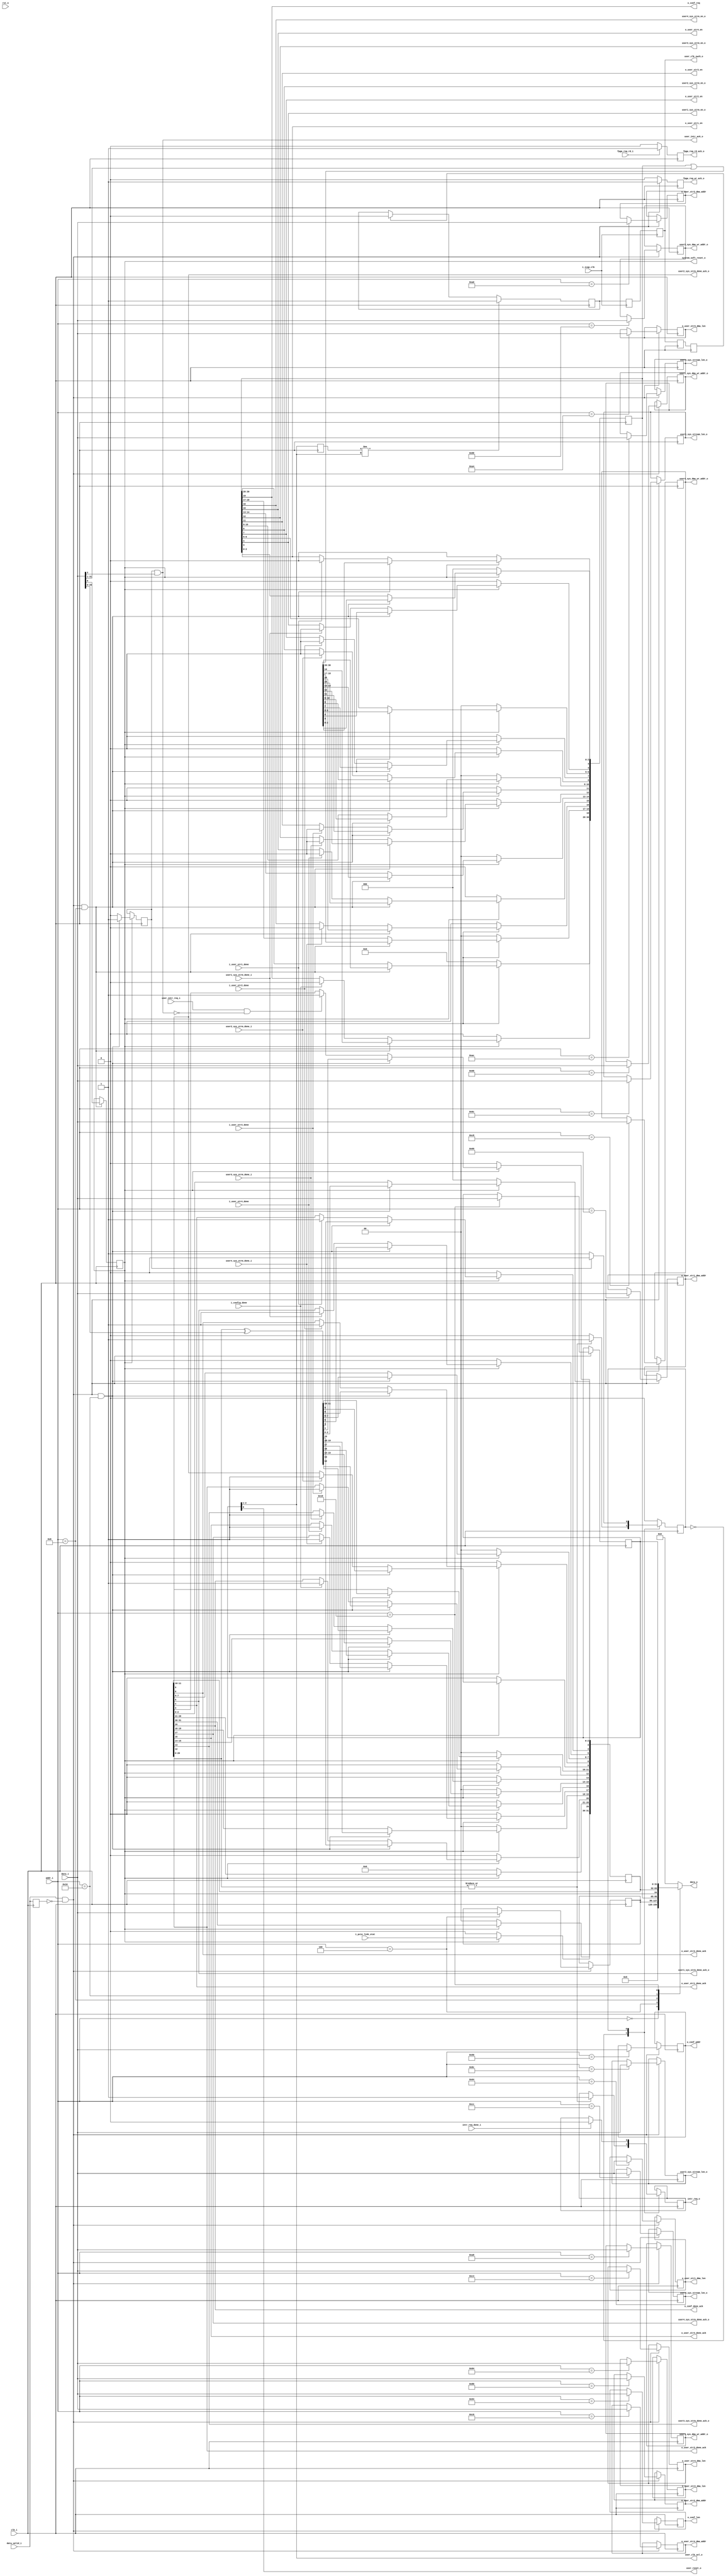
//--------------------------------------------------------------------------------
// Project    : SWITCH
// Version    : 0.1
//
// Description: Global register set
//
//--------------------------------------------------------------------------------

//Register address definition
`define VER                'h00      // Version
`define SCR                'h04      // Scratch pad
`define CTRL               'h08      // Control
//0C reserved
`define STA                'h10      // Status
`define EER_STAT           'h14      // Error Status register
`define UCTR               'h18      // User control register
//50-5C Reserved
`define CONF_ADDR          'h50
`define CONF_LEN           'h54
`define PC_USER1_DMA_SYS   'h60      // System to user stream i/f 1 DMA, system memory address
`define PC_USER1_DMA_LEN   'h64      // System to user stream i/f 1 DMA, length (bytes)
`define USER1_PC_DMA_SYS   'h68      // User stream i/f 1 to system DMA, system memory address
`define USER1_PC_DMA_LEN   'h6C      // User stream i/f 1 to system DMA, length (bytes)
`define PC_USER2_DMA_SYS   'h80
`define PC_USER2_DMA_LEN   'h84
`define USER2_PC_DMA_SYS   'h88
`define USER2_PC_DMA_LEN   'h8C
`define PC_USER3_DMA_SYS   'hA0
`define PC_USER3_DMA_LEN   'hA4
`define USER3_PC_DMA_SYS   'hA8
`define USER3_PC_DMA_LEN   'hAC
`define PC_USER4_DMA_SYS   'hC0
`define PC_USER4_DMA_LEN   'hC4
`define USER4_PC_DMA_SYS   'hC8
`define USER4_PC_DMA_LEN   'hCC

module reg_file(
 input                clk_i,                     // 250Mhz clock from PCIe core
 input                rst_n,                     // Active low reset
 //Rx engine
 input      [9:0]     addr_i,                    // Register address
 input      [31:0]    data_i,                    // Register write data
 input                data_valid_i,              // Register write data valid
 output               fpga_reg_wr_ack_o,         // Register write ack
 input                fpga_reg_rd_i,             // Register read request
 output reg           fpga_reg_rd_ack_o,         // Register read ack
 output reg [31:0]    data_o,                    // Register read data
 //To user pcie stream controllers
 //PSG-1
 output               o_user_str1_en,            // Enable signal to the system to user stream i/f 1 controller
 input                i_user_str1_done,          // Stream done signal
 output               o_user_str1_done_ack,      // Ack the done signal. Needed since status register is accessed by both PC and FPGA. So should not miss the done.
 output [31:0]        o_user_str1_dma_addr,      // System memory start address for streaming data
 output [31:0]        o_user_str1_dma_len,       // Length of streaming operation (bytes)
 output               user1_sys_strm_en_o,       // Enable signal to the user stream i/f 1 to system controller
 output [31:0]        user1_sys_dma_wr_addr_o,   // System memory address for DMA operation
 output [31:0]        user1_sys_stream_len_o,    // Stream length for DMA
 input                user1_sys_strm_done_i,     // Stream done signal
 output               user1_sys_strm_done_ack_o, // Ack the done due to multiple STAT reg access.
 //PSG-2
 output               o_user_str2_en,
 input                i_user_str2_done,
 output               o_user_str2_done_ack,
 output [31:0]        o_user_str2_dma_addr,
 output [31:0]        o_user_str2_dma_len,
 output               user2_sys_strm_en_o,
 output [31:0]        user2_sys_dma_wr_addr_o,   
 output [31:0]        user2_sys_stream_len_o,
 input                user2_sys_strm_done_i,
 output               user2_sys_strm_done_ack_o,
 //PSG-3
 output               o_user_str3_en,
 input                i_user_str3_done,
 output               o_user_str3_done_ack,
 output [31:0]        o_user_str3_dma_addr,
 output [31:0]        o_user_str3_dma_len,
 output               user3_sys_strm_en_o,
 output [31:0]        user3_sys_dma_wr_addr_o,   
 output [31:0]        user3_sys_stream_len_o,
 input                user3_sys_strm_done_i,
 output               user3_sys_strm_done_ack_o,
 //PSG-4
 output               o_user_str4_en,
 input                i_user_str4_done,
 output               o_user_str4_done_ack,
 output [31:0]        o_user_str4_dma_addr,
 output [31:0]        o_user_str4_dma_len,
 output               user4_sys_strm_en_o,
 output [31:0]        user4_sys_dma_wr_addr_o,   
 output [31:0]        user4_sys_stream_len_o,
 input                user4_sys_strm_done_i,
 output               user4_sys_strm_done_ack_o,
 //config control
 input                i_icap_clk,
 output [31:0]        o_conf_addr,
 output [31:0]        o_conf_len,
 output               o_conf_req,
 input                i_config_done,
 output               o_conf_done_ack,
 //clock control
 output reg           user_clk_swch_o,
 output [1:0]         user_clk_sel_o,
 //interrupt
 output reg           intr_req_o,                // Interrupt request to Tx engine
 input                intr_req_done_i,           // Interrupt done ack from Tx engine
 input                user_intr_req_i,           // User interrupt request
 output               user_intr_ack_o,           // Interrupt ack to user logic
 //Misc
 output               user_reset_o,              // User soft reset
 output               system_soft_reset_o,       // Complete system soft reset
 //link status
 input                i_pcie_link_stat
 
 );
 
 parameter  VER = 32'h00000005;                   // Present Version Number. 16 bit major version and 16 bit minor version

 //Interrupt state machine state variables.
 localparam INTR_IDLE =  'd0,
            WAIT_ACK  =  'd1;

//The global register set in the address of address
reg [31:0] SCR_PAD;                              
reg [31:0] CTRL_REG;
reg [31:0] STAT_REG;
reg [31:0] USR_CTRL_REG;  
reg [31:0] PC_USER1_DMA_SYS;
reg [31:0] PC_USER1_DMA_LEN;
reg [31:0] USER1_PC_DMA_SYS;
reg [31:0] USER1_PC_DMA_LEN;
reg [31:0] PC_USER2_DMA_SYS;
reg [31:0] PC_USER2_DMA_LEN;
reg [31:0] USER2_PC_DMA_SYS;
reg [31:0] USER2_PC_DMA_LEN;
reg [31:0] PC_USER3_DMA_SYS;
reg [31:0] PC_USER3_DMA_LEN;
reg [31:0] USER3_PC_DMA_SYS;
reg [31:0] USER3_PC_DMA_LEN;
reg [31:0] PC_USER4_DMA_SYS;
reg [31:0] PC_USER4_DMA_LEN;
reg [31:0] USER4_PC_DMA_SYS;
reg [31:0] USER4_PC_DMA_LEN;
reg [31:0] CONF_ADDR;
reg [31:0] CONF_LEN;
  

//local registers

reg        fpga_reg_wr_ack;
reg        intr_state;
reg        processor_clr_intr;
wire       intr_pending;
reg        data_valid_p;
wire       data_valid_r;
reg  [1:0] prev_user_clk; 
reg        user_clk_swtch_done; 
reg        user_clk_swch_p; 
reg        user_swtch_clk; 
reg        user_swtch_clk_p; 

assign  system_soft_reset_o       = CTRL_REG[0];

assign  o_user_str1_en            = CTRL_REG[4];
assign  o_user_str1_done_ack      = STAT_REG[4];
assign  o_user_str1_dma_addr      = PC_USER1_DMA_SYS;
assign  o_user_str1_dma_len       = PC_USER1_DMA_LEN;
assign  user1_sys_strm_en_o       = CTRL_REG[5];
assign  user1_sys_strm_done_ack_o = STAT_REG[5];
assign  user1_sys_dma_wr_addr_o   = USER1_PC_DMA_SYS;
assign  user1_sys_stream_len_o    = USER1_PC_DMA_LEN;

assign  o_user_str2_en            = CTRL_REG[8];
assign  o_user_str2_done_ack      = STAT_REG[8];
assign  o_user_str2_dma_addr      = PC_USER2_DMA_SYS;
assign  o_user_str2_dma_len       = PC_USER2_DMA_LEN;
assign  user2_sys_strm_en_o       = CTRL_REG[9];
assign  user2_sys_strm_done_ack_o = STAT_REG[9];
assign  user2_sys_dma_wr_addr_o   = USER2_PC_DMA_SYS;
assign  user2_sys_stream_len_o    = USER2_PC_DMA_LEN;

assign  o_user_str3_en            = CTRL_REG[12];
assign  o_user_str3_done_ack      = STAT_REG[12];
assign  o_user_str3_dma_addr      = PC_USER3_DMA_SYS;
assign  o_user_str3_dma_len       = PC_USER3_DMA_LEN;
assign  user3_sys_strm_en_o       = CTRL_REG[13];
assign  user3_sys_strm_done_ack_o = STAT_REG[13];
assign  user3_sys_dma_wr_addr_o   = USER3_PC_DMA_SYS;
assign  user3_sys_stream_len_o    = USER3_PC_DMA_LEN;

assign  o_user_str4_en            = CTRL_REG[16];
assign  o_user_str4_done_ack      = STAT_REG[16];
assign  o_user_str4_dma_addr      = PC_USER4_DMA_SYS;
assign  o_user_str4_dma_len       = PC_USER4_DMA_LEN;
assign  user4_sys_strm_en_o       = CTRL_REG[17];
assign  user4_sys_strm_done_ack_o = STAT_REG[17];
assign  user4_sys_dma_wr_addr_o   = USER4_PC_DMA_SYS;
assign  user4_sys_stream_len_o    = USER4_PC_DMA_LEN;

assign  user_clk_sel_o           = USR_CTRL_REG[2:1];

assign  o_conf_addr              = CONF_ADDR;
assign  o_conf_len               = CONF_LEN;
assign  o_conf_req               = CTRL_REG[20];
assign  o_conf_done_ack          = STAT_REG[20];
assign  user_reset_o             = USR_CTRL_REG[0];
assign  fpga_reg_wr_ack_o        = fpga_reg_wr_ack;
assign  user_intr_ack_o          = processor_clr_intr & data_i[3];
assign  intr_pending             = |STAT_REG[20:0];
assign  data_valid_r             = data_valid_i & ~data_valid_p;


always @(posedge clk_i)
begin
    data_valid_p <= data_valid_i;
end	 

// Read register data based on address. Registers for user stream interface are kept as write only so that
// when unused those are automatically optimised by the tool
always @(*)
begin
    case(addr_i)
        `VER:begin
            data_o  <=    VER;
        end
        `SCR:begin
            data_o  <=    SCR_PAD;
        end
        `CTRL:begin
            data_o  <=    CTRL_REG;
        end  
        `STA:begin
            data_o  <=    STAT_REG;
        end
        `UCTR:begin
            data_o  <=    USR_CTRL_REG;
        end   
        default:begin
            data_o  <=    0;
        end
    endcase
end

// Write to global registers based on address and data valid and ack
always @(posedge clk_i)
begin
    fpga_reg_wr_ack              <=   1'b0;  
    if(data_valid_r)
    begin
        fpga_reg_wr_ack   <=   1'b1;
        case(addr_i)
            `SCR:begin
                SCR_PAD  <=   data_i;
            end
            `UCTR:begin
                USR_CTRL_REG      <=   data_i;
            end
            `PC_USER1_DMA_SYS:begin
                PC_USER1_DMA_SYS   <=   data_i;
            end
            `PC_USER1_DMA_LEN:begin
                PC_USER1_DMA_LEN  <=   data_i;
            end
            `USER1_PC_DMA_SYS:begin
                USER1_PC_DMA_SYS  <= data_i;
            end
            `USER1_PC_DMA_LEN:begin
                USER1_PC_DMA_LEN  <= data_i;
            end
            `PC_USER2_DMA_SYS:begin
                PC_USER2_DMA_SYS   <=   data_i;
            end
            `PC_USER2_DMA_LEN:begin
                PC_USER2_DMA_LEN  <=   data_i;
            end
            `USER2_PC_DMA_SYS:begin
                USER2_PC_DMA_SYS  <= data_i;
            end  
            `USER2_PC_DMA_LEN:begin
                USER2_PC_DMA_LEN  <= data_i;
            end
            `PC_USER3_DMA_SYS:begin
                PC_USER3_DMA_SYS   <=   data_i;
            end
            `PC_USER3_DMA_LEN:begin
                PC_USER3_DMA_LEN  <=   data_i;
            end
            `USER3_PC_DMA_SYS:begin
                USER3_PC_DMA_SYS  <= data_i;
            end  
            `USER3_PC_DMA_LEN:begin
                USER3_PC_DMA_LEN  <= data_i;
            end
            `PC_USER4_DMA_SYS:begin
                PC_USER4_DMA_SYS   <=   data_i;
            end
            `PC_USER4_DMA_LEN:begin
                PC_USER4_DMA_LEN  <=   data_i;
            end
            `USER4_PC_DMA_SYS:begin
                USER4_PC_DMA_SYS  <= data_i;
            end  
            `USER4_PC_DMA_LEN:begin
                USER4_PC_DMA_LEN  <= data_i;
            end
            `CONF_ADDR:begin
                CONF_ADDR  <=  data_i;
            end    
            `CONF_LEN:begin
                CONF_LEN  <=  data_i;
            end
            default:begin
                fpga_reg_wr_ack   <=   1'b1;				
            end				
        endcase
    end
end

//If the read register is not PIO register, ack immediately, else wait until data arrives from DDR
//Address bit 9 is to partiall decode the System monitor address. Be careful when modify the address
//due to this
always @(posedge clk_i)
begin
    if(fpga_reg_rd_i)
        fpga_reg_rd_ack_o    <=   1'b1;
    else 
        fpga_reg_rd_ack_o    <=   1'b0;
end

//control register updates
always @(posedge clk_i)
begin
    if(!system_soft_reset_o)
	 begin
	   CTRL_REG[31:1]  <=  31'b0;
	 end
	 else
	 begin
		if(data_valid_r & (addr_i == `CTRL))
		begin
        CTRL_REG[31:1] <=    CTRL_REG[31:1]|data_i[31:1];   //Internall ored to keep the previously set bits  
		end
		else
		begin            
        if(i_user_str1_done)
            CTRL_REG[4] <=    1'b0; 
        if(user1_sys_strm_done_i) 
            CTRL_REG[5] <=    1'b0;  
        if(i_user_str2_done)
            CTRL_REG[8] <=    1'b0; 
        if(user2_sys_strm_done_i) 
            CTRL_REG[9] <=    1'b0; 
        if(i_user_str3_done)
            CTRL_REG[12] <=    1'b0; 
        if(user3_sys_strm_done_i) 
            CTRL_REG[13] <=    1'b0;
        if(i_user_str4_done)
            CTRL_REG[16] <=    1'b0; 
        if(user4_sys_strm_done_i) 
            CTRL_REG[17] <=    1'b0; 
        if(i_config_done)
            CTRL_REG[20] <=    1'b0;            
		end 
	 end	
end

always @(posedge clk_i)
begin
    if(data_valid_r & (addr_i == `CTRL))
    begin
	   CTRL_REG[0]    <=    data_i[0];
	 end
end


initial
begin
    STAT_REG             <= 0;
	 CTRL_REG[0]          <= 1'b1;
    processor_clr_intr   <= 1'b0;
end


//status register updates
always @(posedge clk_i)
begin
    if(!system_soft_reset_o)
	 begin
	   STAT_REG  <=  0;
	 end
	 else
	 begin
		processor_clr_intr   <= 1'b0;
		STAT_REG[29]         <= i_pcie_link_stat;
		if(data_valid_r & (addr_i == `STA))
		begin
        STAT_REG[20:0]     <=   STAT_REG[20:0]^data_i[20:0];
        processor_clr_intr <=   1'b1;
		end
		else
		begin
        if(user_intr_req_i & ~user_intr_ack_o)
            STAT_REG[3] <=    1'b1;
        if(i_user_str1_done)
            STAT_REG[4] <=    1'b1; 
        if(user1_sys_strm_done_i) 
             STAT_REG[5] <=    1'b1; 
        if(i_user_str2_done)
            STAT_REG[8] <=    1'b1; 
        if(user2_sys_strm_done_i) 
            STAT_REG[9] <=    1'b1; 
        if(i_user_str3_done)
            STAT_REG[12] <=    1'b1; 
        if(user3_sys_strm_done_i)
             STAT_REG[13] <=   1'b1; 
        if(i_user_str4_done)
            STAT_REG[16] <=    1'b1; 
        if(user4_sys_strm_done_i) 
            STAT_REG[17] <=    1'b1; 
        if(i_config_done)
            STAT_REG[20] <=    1'b1;             
		end
	 end	
end


always @(posedge clk_i)
begin
    if(prev_user_clk != USR_CTRL_REG[2:1])
	     user_swtch_clk  <=  1'b1;
	 else if(user_clk_swtch_done)
	     user_swtch_clk  <=  1'b0;
  
	prev_user_clk   <=  USR_CTRL_REG[2:1];
	
	user_clk_swch_p <=  user_clk_swch_o;
	user_clk_swtch_done <=  user_clk_swch_p;
end

always @(posedge i_icap_clk)
begin
    user_swtch_clk_p  <=  user_swtch_clk;
    user_clk_swch_o   <=  user_swtch_clk_p;
end

//Interrupt control state machine. This is to make sure that the host PC doesn't miss any interrupt signal
//Once an interrupt is issued, the state machine waits until the host write into the status register indicating
//that it has received the interrupt.

initial
begin
    intr_state  <=  INTR_IDLE;
    intr_req_o  <=  1'b0;
end

always @(posedge clk_i)
begin
	case(intr_state)
	    INTR_IDLE:begin
		    if(intr_pending)
			 begin
			     intr_req_o   <=   1'b1;
				  intr_state   <=  WAIT_ACK;
			 end
		end
		WAIT_ACK:begin
		    if(intr_req_done_i)
			     intr_req_o   <=   1'b0;
			 if(processor_clr_intr)
              intr_state    <=    INTR_IDLE;					 
		end
	endcase
end

endmodule